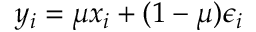
y _ { i } = \mu x _ { i } + ( 1 - \mu ) \epsilon _ { i }